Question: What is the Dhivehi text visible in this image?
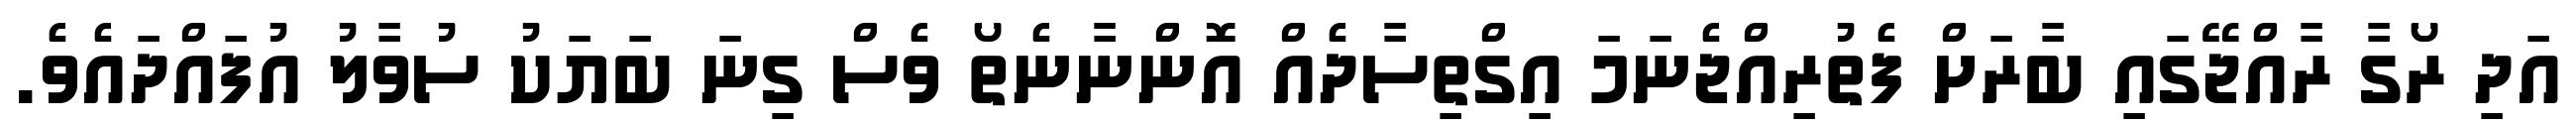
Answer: އަދި ރޯގާ ރާއްޖޭގައި ބާރަށް ފެތުރިއްޖެނަމަ އިގްތިސާދެއް އޮންނާނެތޯ ވެސް ގިނަ ބަޔަކު ސުވާލު އުފައްދައެވެ.